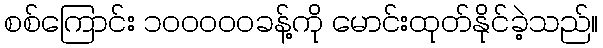
စစ်ကြောင်း ၁၀၀၀၀၀ခန့်ကို မောင်းထုတ်နိုင်ခဲ့သည်။